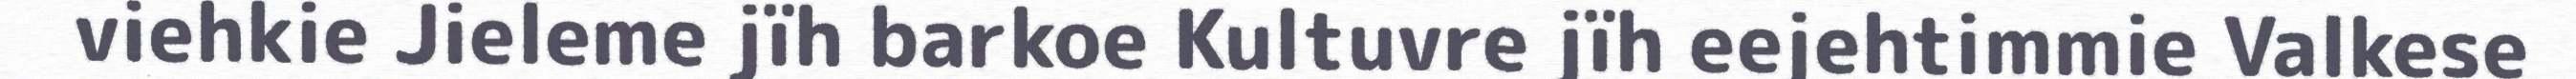
viehkie Jieleme jïh barkoe Kultuvre jïh eejehtimmie Valkese